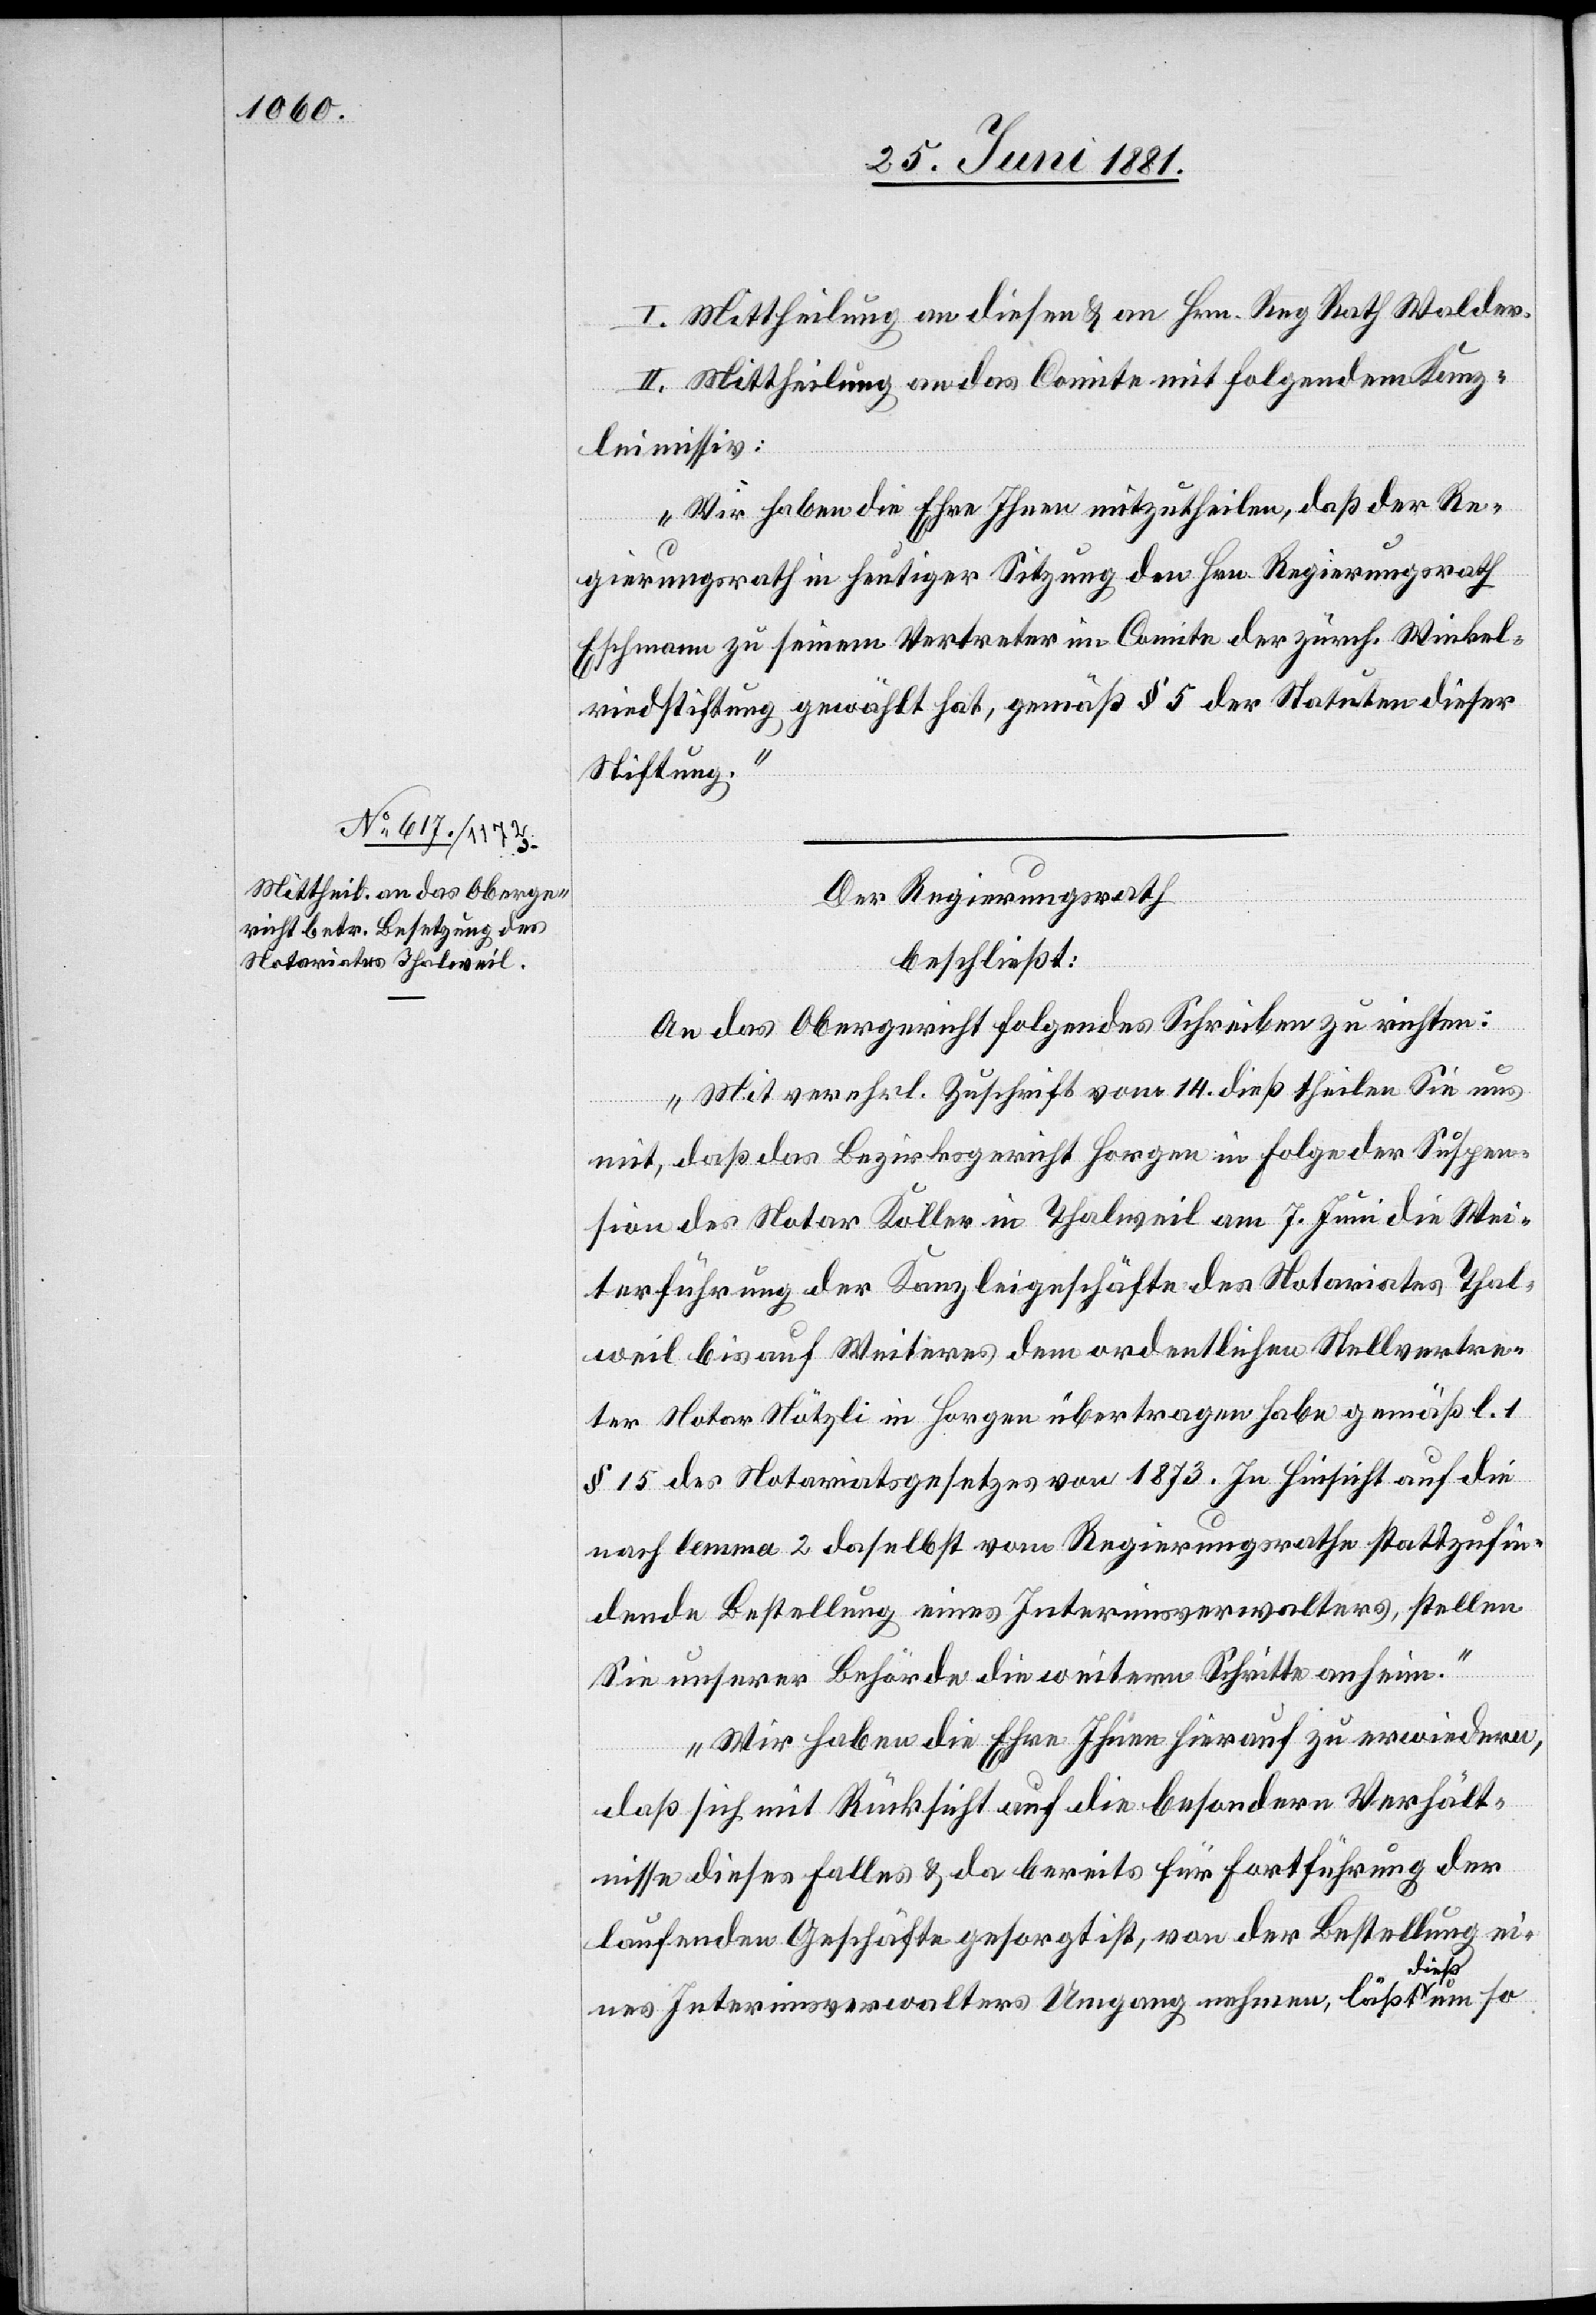
I. Mittheilung an diesen & an Hrn. Reg. Rath Walder.
II. Mittheilung an das Comite mit folgendem Kanz¬
leimissiv:
„Wir haben die Ehre Ihnen mitzutheilen, daß der Re¬
gierungsrath in heutiger Sitzung den Hrn. Regierungsrath
Eschmann zu seinem Vertreter im Comite der zürch. Winkel¬
riedstiftung gewählt hat, gemäß § 5 der Statuten dieser
Stiftung.“
Der Regierungsrath
beschließt:
An das Obergericht folgendes Schreiben zu richten:
„Mit verehrl. Zuschrift vom 14. dieß theilen Sie uns
mit, daß das Bezirksgericht Horgen in Folge der Suspen¬
sion des Notar Koller in Thalweil am 7. Juni die Wei¬
terführung der Kanzleigeschäfte des Notariates Thal¬
weil bis auf Weiteres dem ordentlichen Stellvertre¬
ter Notar Nötzli in Horgen übertragen habe gemäß l. 1
§ 15 des Notariatsgesetzes von 1873. In Hinsicht auf die
nach lemma 2 daselbst vom Regierungsrathe stattzufin¬
dende Bestellung eines Interimsverwalters, stellen
Sie unserer Behörde die weitern Schritte amheim.
Wir haben die Ehre Ihnen hierauf zu erwiedern,
daß sich mit Rücksicht auf die besondern Verhält¬
nisse dieses Falles & da bereits für Fortführung der
laufenden Geschäfte gesorgt ist, von der Bestellung ei¬
nes Interimsverwalters Umgang nehmen, läßt dieß um so